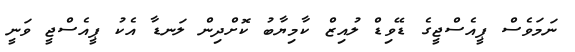
ނަމަވެސް ޕީއެސްޖީގެ ޑޭވިޑް ލުއިޒް ކާމިޔާބު ކޮށްދިން ލަނޑާ އެކު ޕީއެސްޖީ ވަނީ